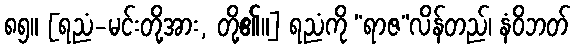
၈၅။ [ရညံ-မင်းတို့အား, တို့၏။] ရညံကို “ရာဇ”လိန်တည်၊ နံဝိဘတ်